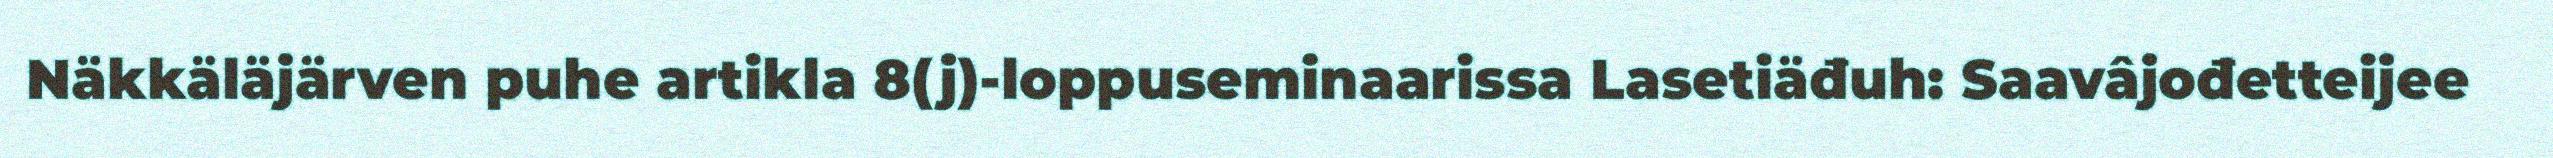
Näkkäläjärven puhe artikla 8(j)-loppuseminaarissa Lasetiäđuh: Saavâjođetteijee